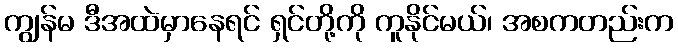
ကျွန်မ ဒီအထဲမှာနေရင် ရှင်တို့ကို ကူနိုင်မယ်၊ အစကတည်းက